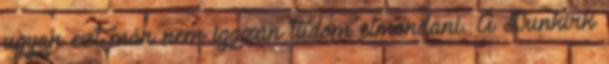
ugyan ezt már nem igazán tudom elmondani. A Dunkirk